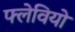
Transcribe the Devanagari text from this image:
फ्लेवियो